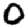
Digit: 0